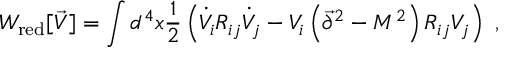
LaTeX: W _ { \mathrm { r e d } } [ \vec { V } ] = \int d ^ { 4 } x { \frac { 1 } { 2 } } \left( \dot { V } _ { i } R _ { i j } \dot { V } _ { j } - V _ { i } \left( \vec { \partial } ^ { 2 } - M ^ { 2 } \right) R _ { i j } V _ { j } \right) ~ ,